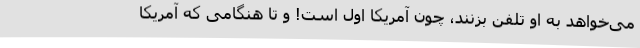
می‌خواهد به او تلفن بزنند، چون آمریکا اول است! و تا هنگامی که آمریکا